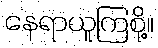
နေရာယူကြစို့။